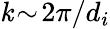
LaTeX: \mathit{k}\! \sim\! 2\pi/d_{i}